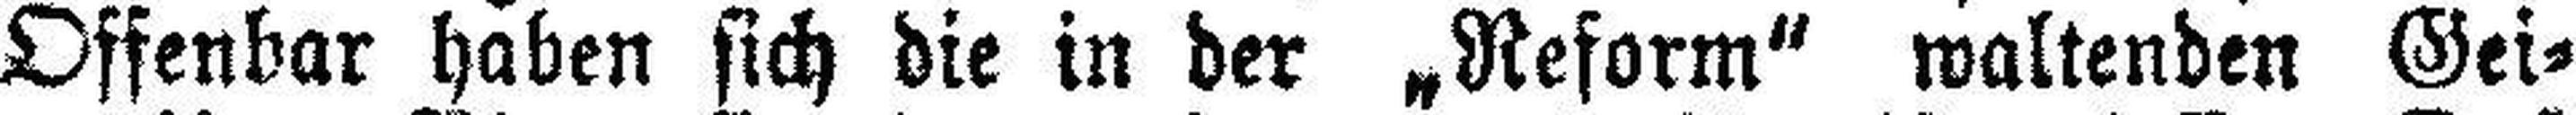
Offenbar haben sich die in der „Reform“ waltenden Gei¬